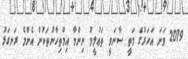
2019 ވަނަ އަހަރުގެ މަތީ ސާނަވީ ތަޢުލީމު ނިންމާ އިމްތިހާނުތަކުން އެންމެ ރަނގަޅު